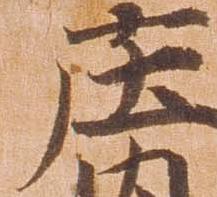
庄